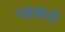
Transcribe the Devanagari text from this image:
प्लसनं